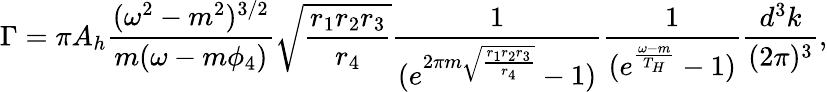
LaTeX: \Gamma=\pi A_{h}\frac{(\omega^{2}-m^{2})^{3/2}}{m(\omega-m\phi_{4})}\sqrt{\frac{r_{1}r_{2}r_{3}}{r_{4}}}\frac{1}{(e^{2\pi m\sqrt{\frac{r_{1}r_{2}r_{3}}{r_{4}}}}-1)}\frac{1}{(e^{\frac{\omega-m}{T_{H}}}-1)}\frac{d^{3}k}{(2\pi)^{3}},